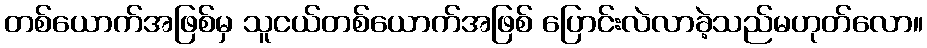
တစ်ယောက်အဖြစ်မှ သူငယ်တစ်ယောက်အဖြစ် ပြောင်းလဲလာခဲ့သည်မဟုတ်လော။